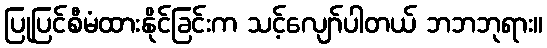
ပြုပြင်စီမံထားနိုင်ခြင်းက သင့်လျော်ပါတယ် ဘဘဘုရား။